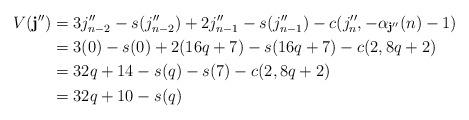
LaTeX: \begin{align*}V(\mathbf{j}'') & =3j''_{n-2}-s(j''_{n-2})+2j''_{n-1}-s(j''_{n-1})-c(j''_n,-\alpha_{\mathbf{j}''}(n)-1) \\& = 3(0)-s(0)+2(16q+7)-s(16q+7)-c(2,8q+2) \\& = 32q+14-s(q)-s(7)-c(2,8q+2) \\& = 32q+10-s(q)\end{align*}